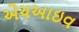
એચઆઇવ